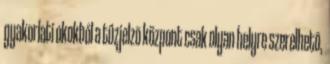
gyakorlati okokból a tûzjelzõ központ csak olyan helyre szerelhetõ,